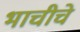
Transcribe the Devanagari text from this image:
भाचीचे